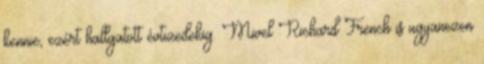
kennie, ezért hallgatott évtizedekig. Mivel Richard French is ugyanezen